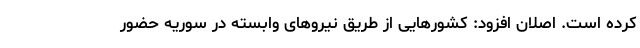
کرده است. اصلان افزود: کشورهایی از طریق نیروهای وابسته در سوریه حضور